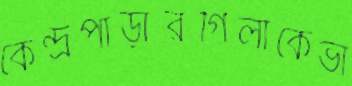
কেন্দ্রপাড়ারগিলাকেভা